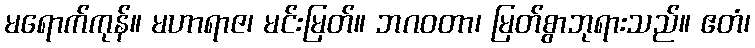
မရောက်ကုန်။ မဟာရာဇ၊ မင်းမြတ်။ ဘဂဝတာ၊ မြတ်စွာဘုရားသည်။ ဧတံ၊